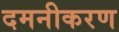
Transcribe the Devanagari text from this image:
दमनीकरण